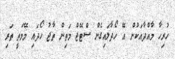
ހުރިހާ މާއްދާއަކުން އޭ ހޯދާލައިގެން ސްޓޭޖް މަތިން ތާޖު ހޯދައި މޭމަތީ ތަރި